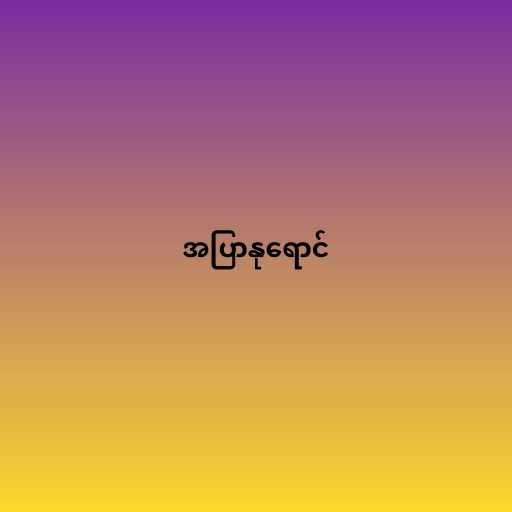
အပြာနုရောင်